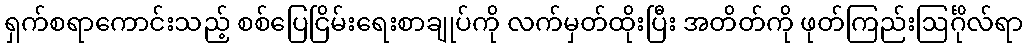
ရှက်စရာကောင်းသည့် စစ်ပြေငြိမ်းရေးစာချုပ်ကို လက်မှတ်ထိုးပြီး အတိတ်ကို ဖုတ်ကြည်းဩင်္ဂိုလ်ရာ